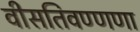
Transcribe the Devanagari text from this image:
वीसतिवण्णणा